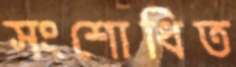
সংশোধিত